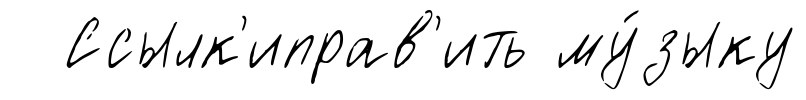
Ссылк'иправ'ить му́зыку